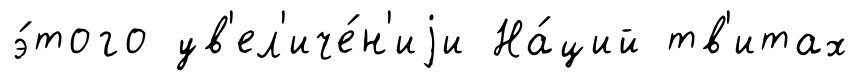
э́того ув'ел'иче́н'иjи На́ций тв'итах